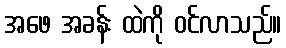
အဖေ အခန်း ထဲကို ဝင်လာသည်။